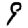
Digit: 9